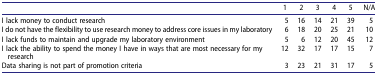
|  | 1 | 2 | 3 | 4 | 5 | N/A |
 | --- | --- | --- | --- | --- | --- | --- |
 | I lack money to conduct research | 5 | 16 | 14 | 21 | 39 | 5 |
 | I do not have the flexibility to use research money to address core issues in my laboratory | 6 | 18 | 20 | 25 | 21 | 10 |
 | I lack funds to maintain and upgrade my laboratory environment | 5 | 6 | 12 | 20 | 45 | 12 |
 | I lack the ability to spend the money I have in ways that are most necessary for my research | 12 | 32 | 17 | 17 | 15 | 7 |
 | Data sharing is not part of promotion criteria | 3 | 23 | 21 | 31 | 17 | 5 |